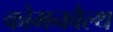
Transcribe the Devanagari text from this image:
कोमनवैल्थ